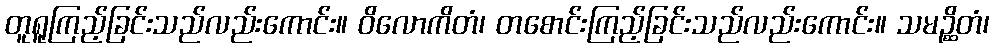
တူရူကြည့်ခြင်းသည်လည်းကောင်း။ ဝိလောကိတံ၊ တစောင်းကြည့်ခြင်းသည်လည်းကောင်း။ သမဉ္ဆိတံ၊